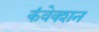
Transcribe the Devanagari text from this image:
कंवेक्शन